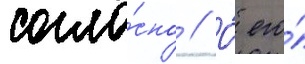
согла́сно // О́ его́